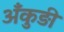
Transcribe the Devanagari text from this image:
अँकुड़ी